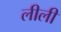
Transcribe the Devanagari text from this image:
लीलीं